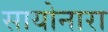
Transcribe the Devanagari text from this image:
सायोनारा